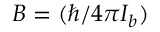
B = ( \hbar / 4 \pi I _ { b } )